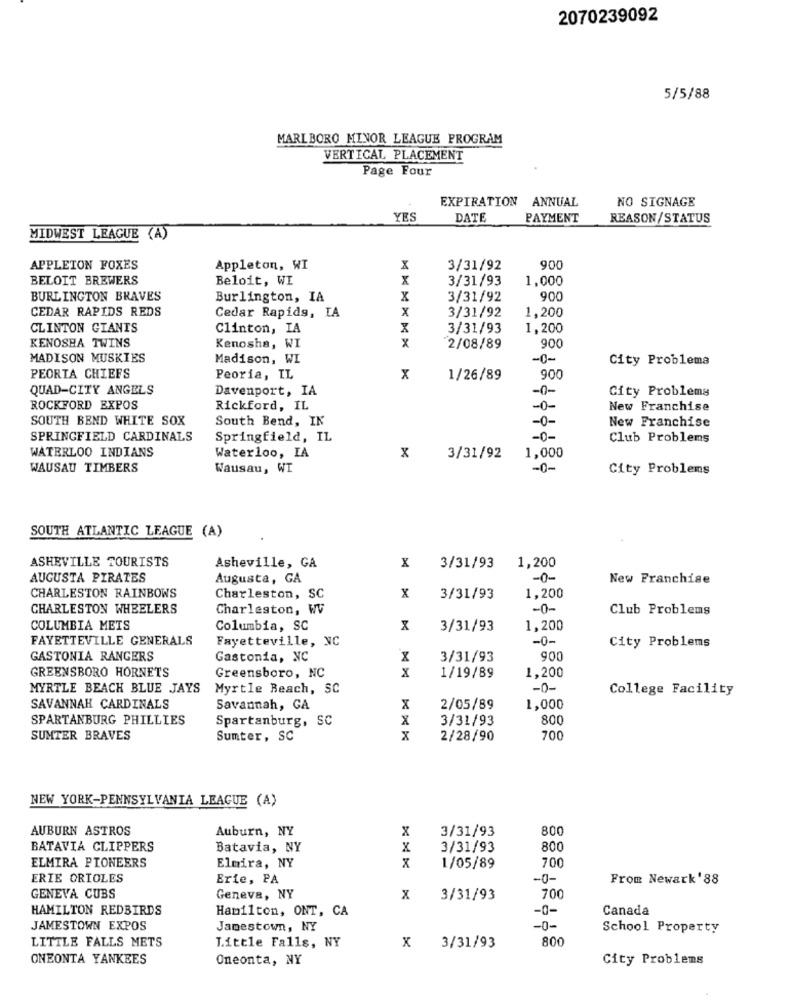
2070239092
5/5/88
MARLBORO MINOR LEAGUE PROGRAM
VERTICAL PLACEMENT
Page Four
EXPIRATION ANNUAL
NO SIGNAGE
YES
DATE
PAYMENT
REASON/STATUS
MIDWEST LEAGUE (A)
APPLETON FOXES
Appleton, WI
X
3/31/92
900
BELOIT BREWERS
Beloit, WI
X
3/31/93
1.000
BURLINGTON BRAVES
Burlington, IA
X
3/31/92
900
CEDAR RAPIDS REDS
X
3/31/92
Cedar Rapids, IA
1,200
CLINTON GIANTS
Clinton, IA
X
3/31/93
1,200
x
KENOSHA TWINS
Kenosha, WI
2/08/89
900
MADISON MUSKIES
Madison, WI
-0-
City Problema
PEORIA CHIEFS
Peoria, IL
x
1/26/89
900
QUAD-CITY ANGELS
Davenport, IA
-0-
City Problems
ROCKFORD EXPOS
Rickford, IL
-0-
New Franchise
SOUTH BEND WHITE SOX
South Bend, IN
-0-
New Franchise
SPRINGFIELD CARDINALS
Springfield, IL
-0-
Club Problems
WATERLOO INDIANS
x
1,000
Waterloo, IA
3/31/92
WAUSAU TIMBERS
Wausau, WI
-0-
City Problems
SOUTH ATLANTIC LEAGUE (A)
ASHEVILLE TOURISTS
1,200
Asheville, GA
X
3/31/93
AUGUSTA PIRATES
Augusta, GA
-0-
New Franchise
1,200
CHARLESTON RAINBOWS
Charleston, SC
X
3/31/93
CHARLESTON WHEELERS
Charleston, W
-0-
Club Problems
COLUMBIA METS
Columbia, SC
3/31/93
1,200
FAYETTEVILLE GENERALS
Fayetteville, NC
-0-
City Problems
GASTONIA RANGERS
Gastonia, NC
X
3/31/93
x
1,200
GREENSBORO HORNETS
Greensboro, NC
1/19/89
MYRTLE BEACH BLUE JAYS
Myrtle Beach, SC
-0-
College Facility
SAVANNAH CARDINALS
Savannah, GA
X
2/05/89
1,000
SPARTANBURG PHILLIES
Spartanburg, SC
X
3/31/93
800
SUMTER BRAVES
Sumter, SC
x
2/28/90
700
NEW YORK-PENNSYLVANIA LEAGUE (A)
AUBURN ASTROS
Auburn, NY
X
3/31/93
800
BATAVIA CLIPPERS
Batavia, NY
X
3/31/93
800
ELMIRA PIONEERS
Elmira, NY
1/05/89
700
ERIE ORIOLES
Erte, PA
-0-
From Newark ' 88
GENEVA CUBS
Geneva, NY
X
3/31/93
700
HAMILTON REDBIRDS
Hamilton, ONT, CA
-0-
Canada
JAMESTOWN EXPOS
Jamestown, NY
-0-
School Property
LITTLE FALLS METS
800
Little Falls, NY
x
3/31/93
ONEONTA YANKEES
Oneonta, NY
City Problems